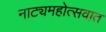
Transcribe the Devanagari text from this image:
नाट्यमहोत्सवात